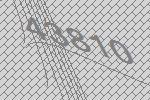
43810